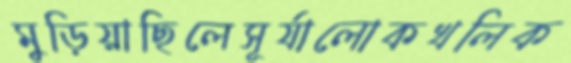
মুড়িয়াছিলেসূর্যালোকখলিক